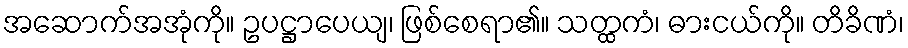
အဆောက်အအုံကို။ ဥပဋ္ဌာပေယျ၊ ဖြစ်စေရာ၏။ သတ္ထကံ၊ ဓားငယ်ကို။ တိခိဏံ၊